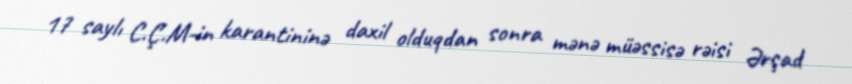
17 saylı C.Ç.M-in karantininə daxil olduqdan sonra mənə müəssisə rəisi Ərşad